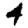
Digit: 4